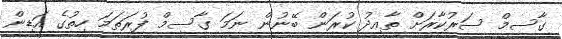
ގާސިމް ސަރުކާރަށް ތާއިދު ކުރަން ބޭނުން ނަމަ ގާސިމް ފުރަތަމަ ހިތުގެ އަޑިން